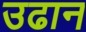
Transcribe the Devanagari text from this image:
उढान